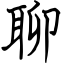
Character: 聊